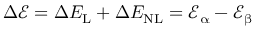
\Delta \mathcal { E } = \Delta E _ { \mathrm { L } } + \Delta E _ { \mathrm { N L } } = \mathcal { E } _ { \upalpha } - \mathcal { E } _ { \upbeta }